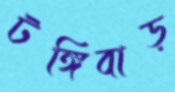
টঙ্গিবাড়